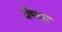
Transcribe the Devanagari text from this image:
वेण्वा